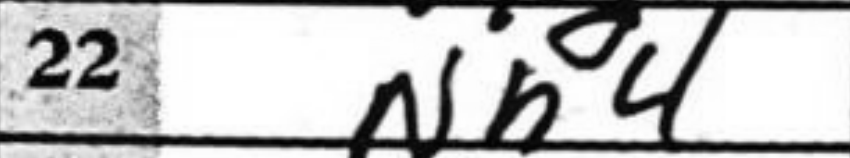
Transcription: Nh4